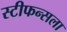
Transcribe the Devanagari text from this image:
स्टीफन्सला